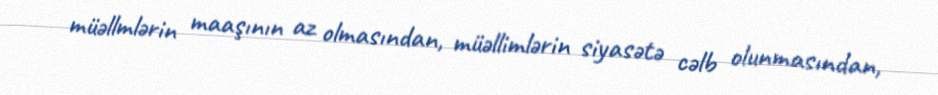
müəllmlərin maaşının az olmasından, müəllimlərin siyasətə cəlb olunmasından,